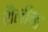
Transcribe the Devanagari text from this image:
शैलींना